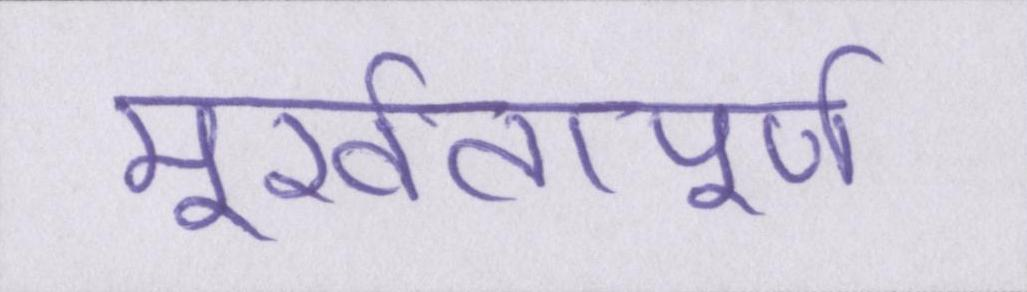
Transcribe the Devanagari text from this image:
मूर्खतापूर्ण